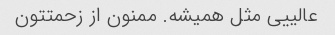
عالییی مثل همیشه. ممنون از زحمتتون